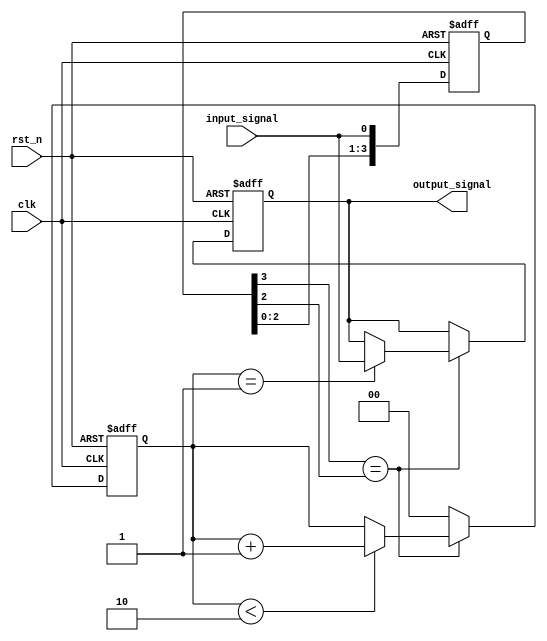
module debounced_edge_detector (
    input wire clk,           // Clock input
    input wire rst_n,        // Active low reset
    input wire input_signal,  // Bouncing input signal
    output reg output_signal   // Debounced output signal
);

    // Parameters
    parameter NUM_SAMPLES = 4; // Number of samples for debouncing
    parameter STABLE_THRESHOLD = 2; // Threshold for stable signal 

    // Internal registers
    reg [NUM_SAMPLES-1:0] state; // Shift register to store past samples
    reg [1:0] stable_counter;      // Counter to determine how long the signal is stable
    reg was_stable;               // Indicates if we are in a stable state

    // State update process
    always @(posedge clk or negedge rst_n) begin
        if (!rst_n) begin
            state <= 0;
            output_signal <= 0;
            stable_counter <= 0;
            was_stable <= 0;
        end else begin
            // Shift the current input into the state register
            state <= {state[NUM_SAMPLES-2:0], input_signal};

            // Check if the signal has become stable
            if (state[NUM_SAMPLES-1] == state[NUM_SAMPLES-2]) begin
                // Count the stable cycles
                if (stable_counter < STABLE_THRESHOLD) begin
                    stable_counter <= stable_counter + 1;
                end
                // If we reach the threshold, update the output
                if (stable_counter == STABLE_THRESHOLD - 1) begin
                    output_signal <= input_signal;
                    was_stable <= 1; // We have a stable signal
                end
            end else begin
                // Signal has bounced, reset stable counter
                stable_counter <= 0;
                was_stable <= 0; // Reset stable indication
            end
        end
    end

endmodule